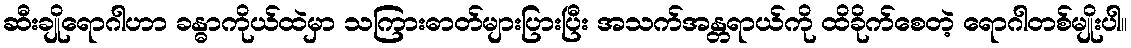
ဆီးချိုရောဂါဟာ ခန္ဓာကိုယ်ထဲမှာ သကြားဓာတ်များပြားပြီး အသက်အန္တရာယ်ကို ထိခိုက်စေတဲ့ ရောဂါတစ်မျိုးပါ။